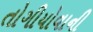
તોગીયોવાની